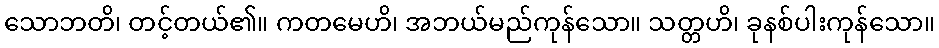
သောဘတိ၊ တင့်တယ်၏။ ကတမေဟိ၊ အဘယ်မည်ကုန်သော။ သတ္တဟိ၊ ခုနစ်ပါးကုန်သော။